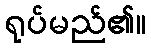
ရုပ်မည်၏။